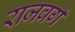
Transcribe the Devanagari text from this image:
राजवर्ग